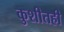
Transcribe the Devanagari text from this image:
कुशीतही